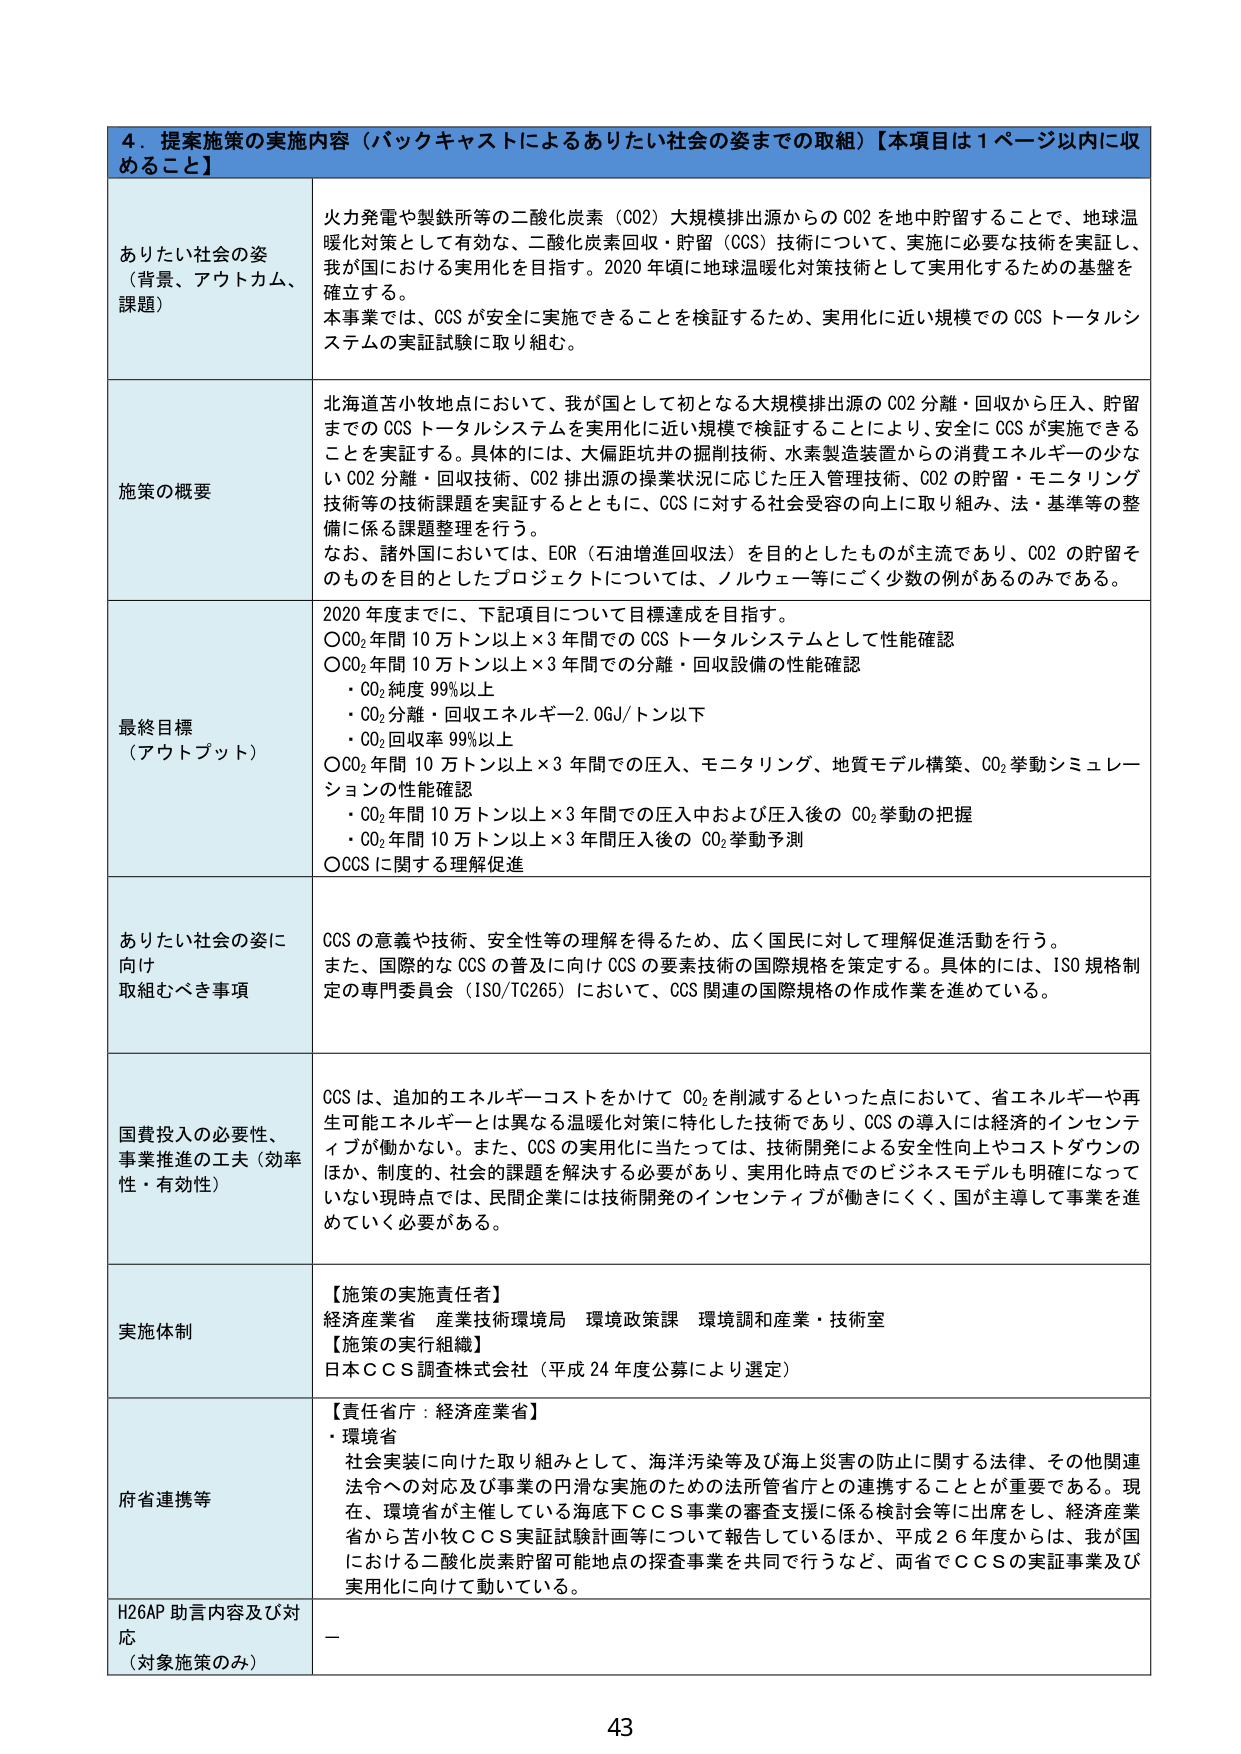
4．提案施策の実施内容（バックキャストによるありたい社会の姿までの取組）【本項目は1ページ以内に収めるこ と】

ありたい社会の姿 （背景、アウトカム、 課題）
火力発電や製鉄所等の二酸化炭素（CO2）大規模排出源からのCO2を地中貯留することで、地球温暖化対策として有効な、二酸化炭素回収・貯留（CCS）技術について、実施に必要な技術を実証し、我が国における実用化を目指す。2020年頃に地球温暖化対策技術として実用化するための基盤を確立する。
本事業では、CCSが安全に実施できることを検証するため、実用化に近い規模でのCCSトータルシステムの実証試験に取り組む。

施策の概要
北海道苫小牧地点において、我が国として初となる大規模排出源のCO2分離・回収から圧入、貯留までのCCSトータルシステムを実用化に近い規模で検証することにより、安全にCCSが実施できることを実証する。具体的には、大風距坑井の掘削技術、水素製造装置からの消費エネルギーの少ないCO2分離・回収技術、CO2排出源の操業状況に応じた圧入管理技術、CO2の貯留・モニタリング技術等の技術課題を実証するとともに、CCSに対する社会受容の向上に取り組み、法・基準等の整備に係る課題整理を行う。
なお、諸外国においては、EOR（石油増進回収法）を目的としたものが主流であり、CO2の貯留をのものを目的としたプロジェクトについては、ノルウェー等にごく少数の例があるのみである。

最終目標 （アウトプット）
2020年までに、下記項目について目標達成を目指す。
〇CO2年間10万トン以上×3年間でのCCSトータルシステムとして性能確認
〇CO2年間10万トン以上×3年間での分離・回収設備の性能確認
・CO2純度99％以上
・CO2分離・回収エネルギー2.0GJ/トン以下
・CO2回収率99％以上
〇CO2年間10万トン以上×3年間での圧入、モニタリング、地質モデル構築、CO2挙動シミュレーションの性能確認
・CO2年間10万トン以上×3年間での圧入中および圧入後のCO2挙動の把握
・CO2年間10万トン以上×3年間圧入後のCO2挙動予測
〇CCSに関する理解促進

ありたい社会の姿に向け 取組むべき事項
CCSの意義や技術、安全性等の理解を得るため、広く国民に対して理解促進活動を行う。
また、国際的なCCSの普及に向けCCSの要素技術の国際規格を策定する。具体的には、ISO規格制定の専門委員会（ISO/TC265）において、CCS関連の国際規格の作成作業を進めている。

国費投入の必要性、 事業推進の工夫（効率性・有効性）
CCSは、追加的エネルギーコストをかけてCO2を削減するといった点において、省エネルギーや再生可能エネルギーとは異なる温暖化対策に特化した技術であり、CCSの導入には経済的インセンティブが働かない。また、CCSの実用化に当たっては、技術開発による安全性向上やコストダウンのほか、制度的、社会的課題を解決する必要があり、実用化時点でのビジネスモデルも明確になっていない現時点では、民間企業には技術開発のインセンティブが働きにくく、国が主導して事業を進めていく必要がある。

実施体制
【施策の実施責任者】
経済産業省 産業技術環境局 環境政策課 環境調和産業・技術室
【施策の実行組織】
日本CCS調査株式会社（平成24年度公募により選定）

府省連携等
【責任省庁：経済産業省】
・環境省
社会実装に向けた取り組みとして、海洋汚染等及び海上災害の防止に関する法律、その他関連法令への対応及び事業の円滑な実施のための法所管省庁との連携することが重要である。現在、環境省が主催している海底下CCS事業の審査支援に係る検討会等に出席をし、経済産業省から苫小牧CCS実証試験計画等について報告しているほか、平成26年度からは、我が国における二酸化炭素貯留可能地点の探査事業を共同で行うなど、両省でCCSの実証事業及び実用化に向けて動いている。

H26AP助言内容及び対応 （対象施策のみ）
－

43